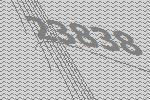
23838